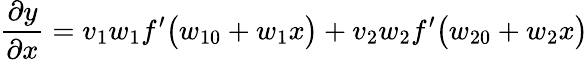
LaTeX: \frac{\partial y}{\partial x}=v_{1}w_{1}f^{\prime}\big(w_{10}+w_{1}x\big)+v_{2}w_{2}f^{\prime}\big(w_{20}+w_{2}x\big)